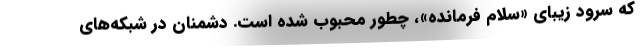
که سرود زیبای «سلام فرمانده»، چطور محبوب شده است. دشمنان در شبکه‌های